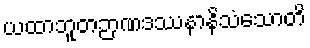
ယထာဘူတဉာဏဒဿနာနိသံသောတိ